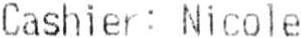
CASHIER: NICOLE